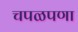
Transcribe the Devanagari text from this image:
चपळपणा